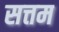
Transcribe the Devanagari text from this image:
सत्तम